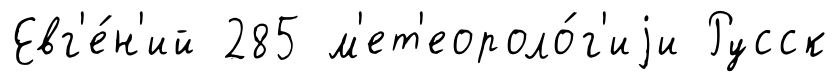
Евг'е́н'ий 285 м'ет'еороло́г'иjи Русск